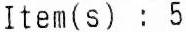
ITEM(S) : 5